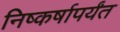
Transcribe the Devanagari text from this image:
निष्कर्षापर्यंत